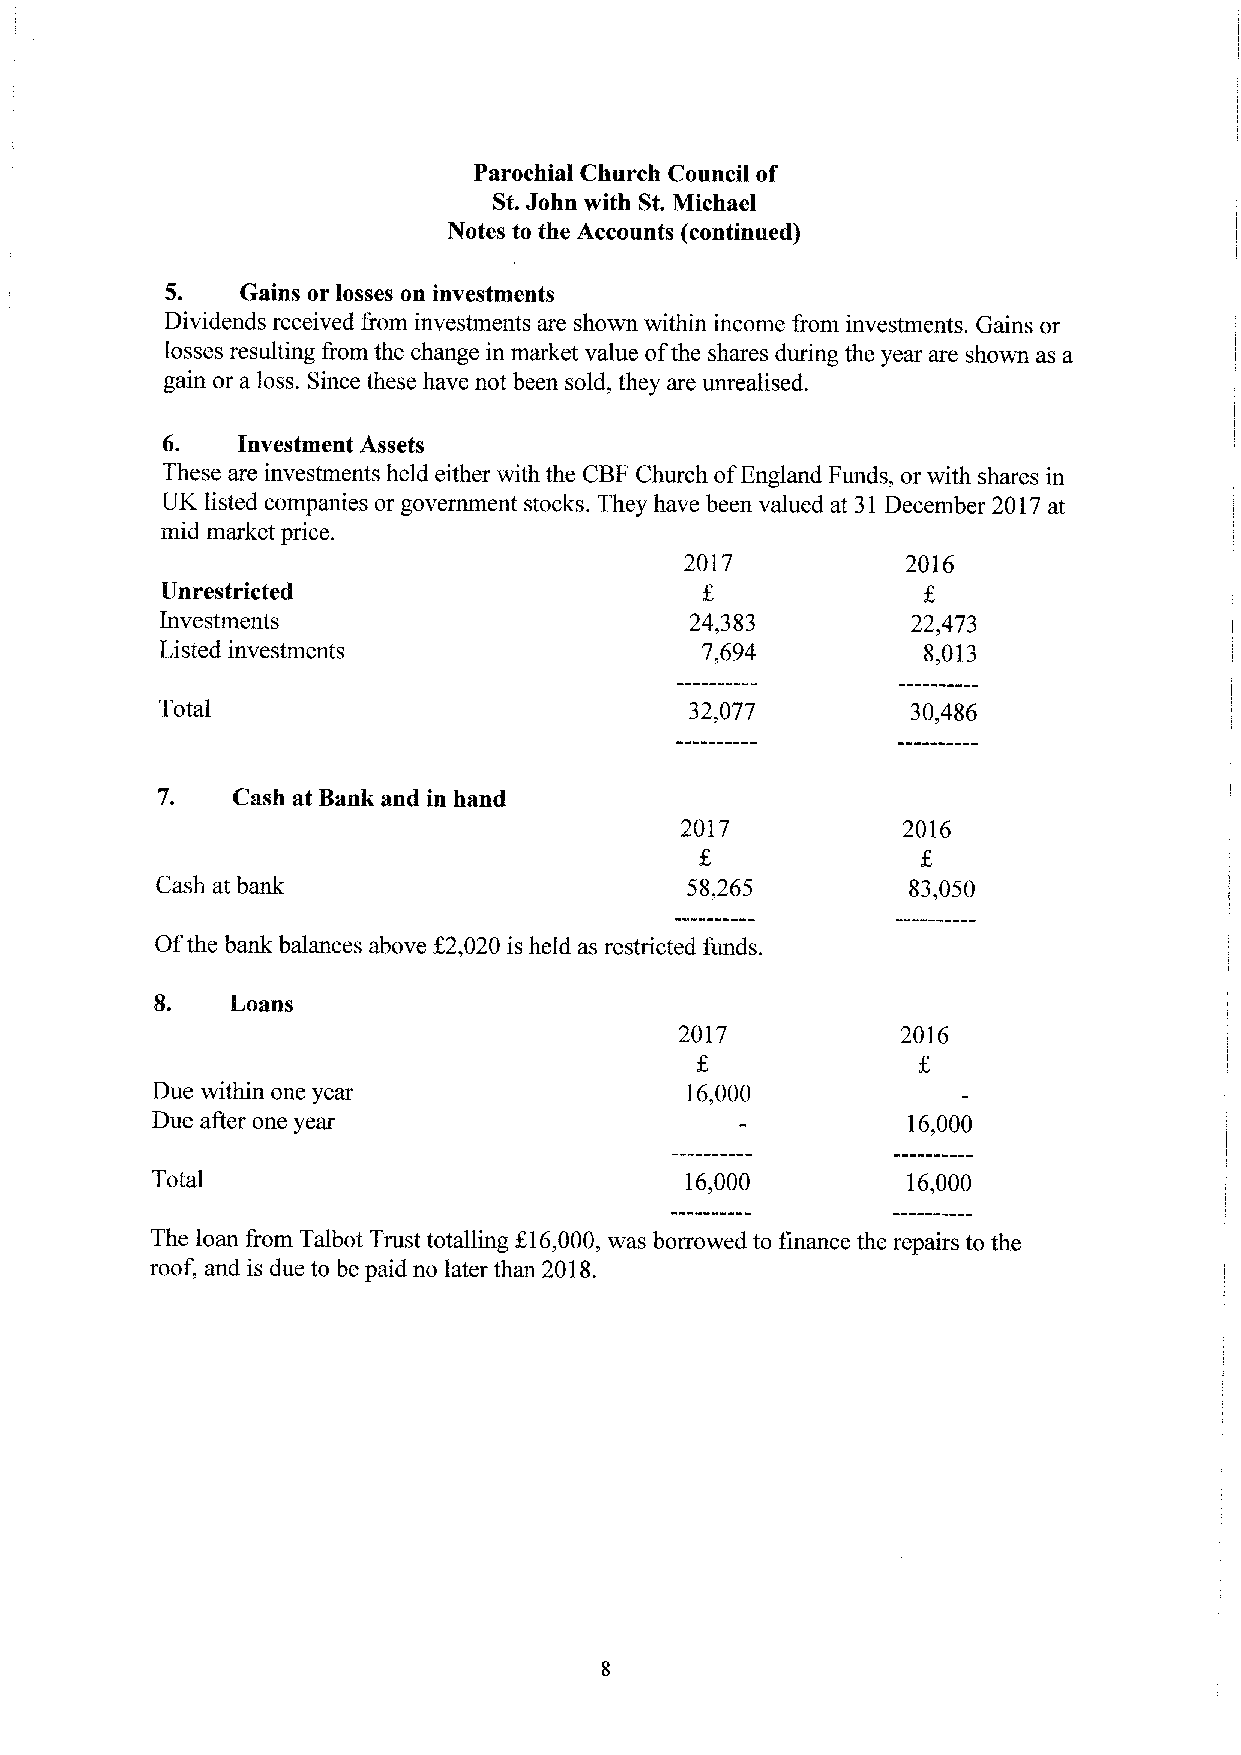
Parochial Church Council of
 St.John with St.Michael
 Notes to the Accounts (continued)
 5.   Gains or losses on investments
 Dividends received &om investments are shown within income from investments. Gains or
 losses resulting &om the change in market value ofthe shares during the year are shown as a
 gain or a loss. Since these have not been sold, they are imrealised.
 6.   Investment Assets
 These are investments held either with the CBFChurch ofEngland Funds, or with shares in
 UK listed companies or government stocks. They have been valued at 31 December 2017at
 mid market price.
 2017           2016
 Unrestricted
 Investments                        24,383        22,473
 Listed investments                 7,694          8,013
 Total                               32,077        30,486
 7.   Cash at Bank and in hand
 2017           2016
 Cash at bank                       58,265         83,050
 Ofthe bank balances above X2,020 is held as restricted funds.
 8.   Loans
 2017           2016
 Due within one year                16,000
 Due after one year                                16,000
 Total                              16,000         16,000
 The loan from Talbot Trust totalling K16,000, was borrowed to finance the repairs to the
 roof, and is due to be paid no later than 2018.